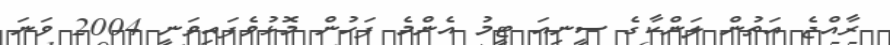
ރާއްޖެ އަތުން ލަންކާގެ ސީނިއަ ޓީމު އެންމެ ފަހުން މޮޅުވެފައިވަނީ 2004 ވަނަ